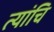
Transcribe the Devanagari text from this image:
त्यांचि